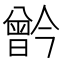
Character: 𪱗